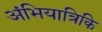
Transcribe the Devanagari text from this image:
अंभियात्रिकि